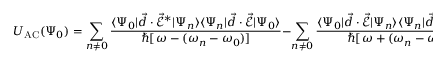
U _ { \mathrm { { A C } } } ( \Psi _ { 0 } ) = \sum _ { n \neq 0 } \frac { \langle \Psi _ { 0 } | \vec { d } \cdot \vec { \mathcal { E } } ^ { * } | \Psi _ { n } \rangle \langle \Psi _ { n } | \vec { d } \cdot \vec { \mathcal { E } } | \Psi _ { 0 } \rangle } { \hbar [ \, \omega - ( \omega _ { n } - \omega _ { 0 } ) ] } - \sum _ { n \neq 0 } \frac { \langle \Psi _ { 0 } | \vec { d } \cdot \vec { \mathcal { E } } | \Psi _ { n } \rangle \langle \Psi _ { n } | \vec { d } \cdot \vec { \mathcal { E } } ^ { * } | \Psi _ { 0 } \rangle } { \hbar [ \, \omega + ( \omega _ { n } - \omega _ { 0 } ) ] } ,